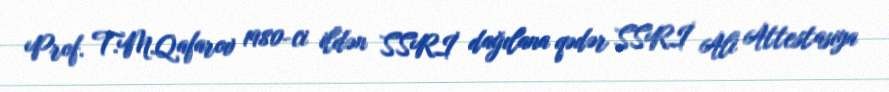
Prof. T.M.Qafarov 1980-ci ildən SSRİ dağılana qədər SSRİ Ali Attestasiya